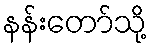
နန်းတော်သို့